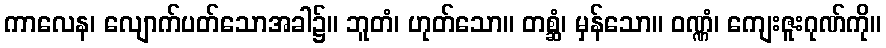
ကာလေန၊ လျောက်ပတ်သောအခါ၌။ ဘူတံ၊ ဟုတ်သော။ တစ္ဆံ၊ မှန်သော။ ဝဏ္ဏံ၊ ကျေးဇူးဂုဏ်ကို။